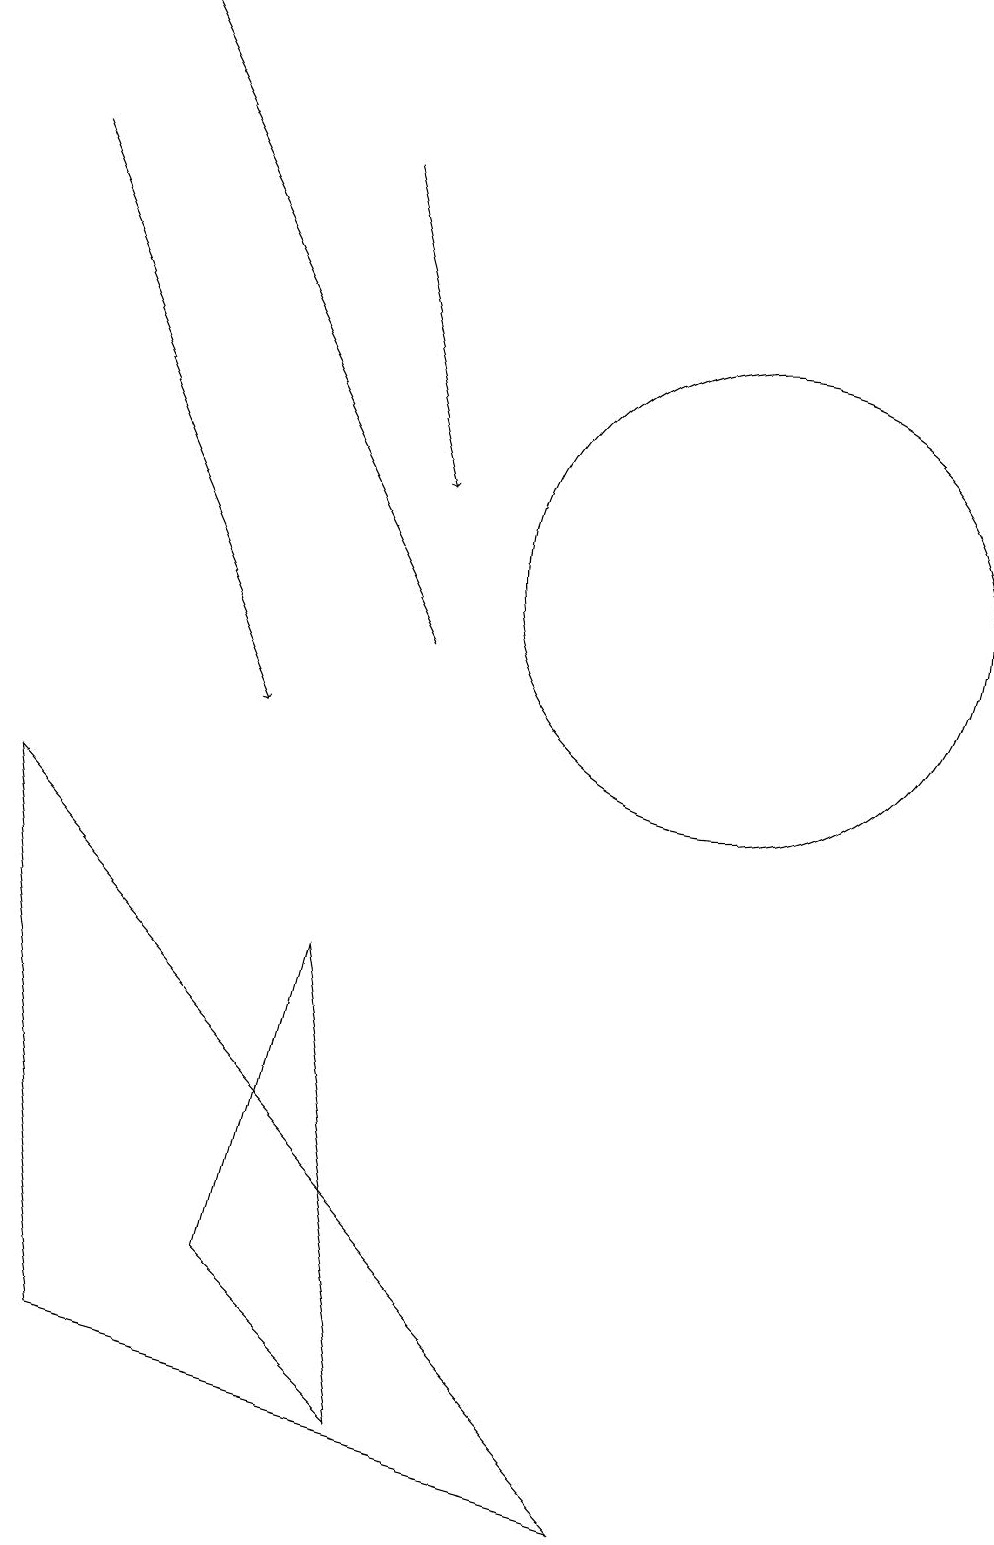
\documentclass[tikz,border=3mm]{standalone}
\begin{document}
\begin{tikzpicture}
\draw (10,12) circle (3);
\draw[->] (1,17) -- (4,10);
\draw[->] (5,17) -- (6,13);
\draw (4,3) -- (6,1) -- (5,7) -- cycle;
\draw[->] (6,11) -- (2,19);
\draw (9,0) -- (1,9) -- (2,2) -- cycle;
\draw (11,11) circle (0);
\draw (11,11) circle (0);
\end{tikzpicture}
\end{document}